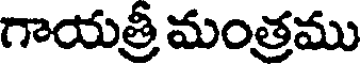
గాయత్రీ మంత్రము